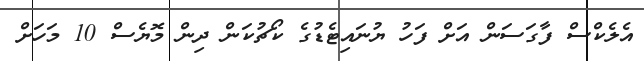
އެލެކްސް ފާގަސަން އަށް ފަހު ޔުނައިޓެޑުގެ ކޯޗުކަން ދިން މޮޔެސް 10 މަހަށް